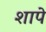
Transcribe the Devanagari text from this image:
शापे